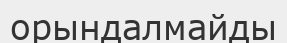
орындалмайды